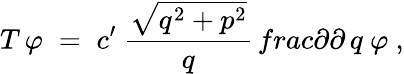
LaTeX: T\, \varphi\; =\; c^{\prime}\ \frac{\sqrt{q^{2}+p^{2}}}{q}\, frac{\partial}{\partial\, q}\ \varphi\ ,